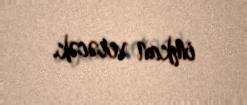
imkan verəcək.